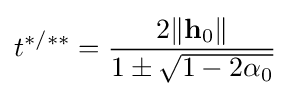
t^{\ast /**}={\frac {2\|\mathbf {h} _{0}\|}{1\pm {\sqrt {1-2\alpha _{0}}}}}